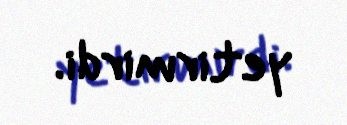
yetirmirdi.